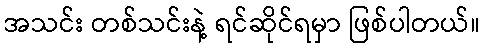
အသင်း တစ်သင်းနဲ့ ရင်ဆိုင်ရမှာ ဖြစ်ပါတယ်။